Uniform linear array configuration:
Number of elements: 12
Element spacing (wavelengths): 1
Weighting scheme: cosine
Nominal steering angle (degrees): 30
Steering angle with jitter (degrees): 28.364
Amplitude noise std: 0.05
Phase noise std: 0.05

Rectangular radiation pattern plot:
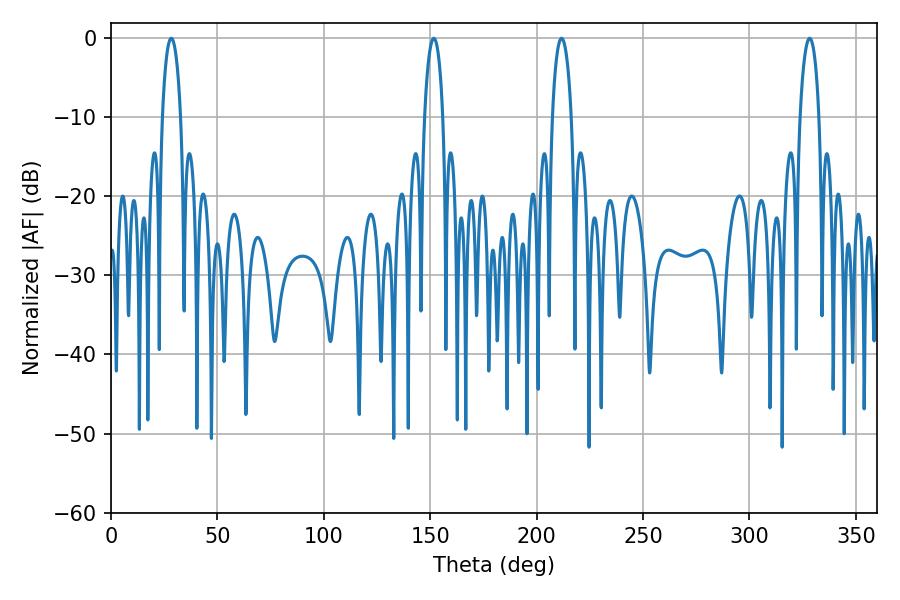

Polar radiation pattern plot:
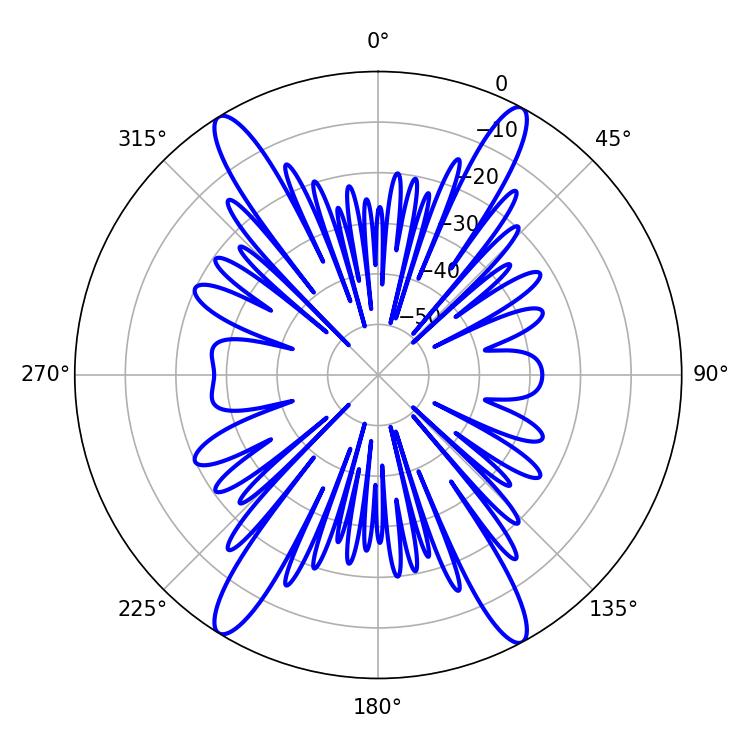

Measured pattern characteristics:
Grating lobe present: TRUE
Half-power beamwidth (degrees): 5.04
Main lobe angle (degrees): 211.68